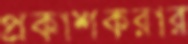
প্রকাশকরার